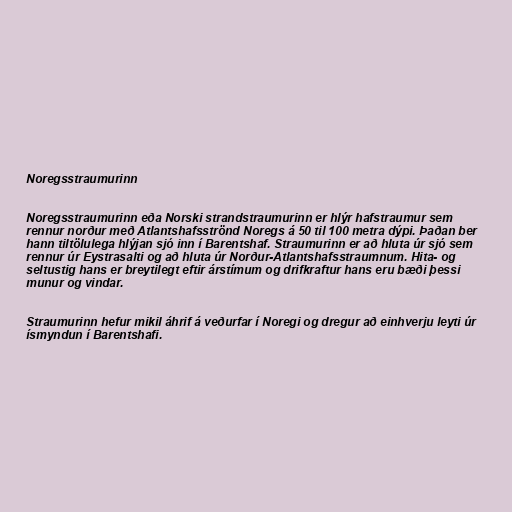
Noregsstraumurinn

Noregsstraumurinn eða Norski strandstraumurinn er hlýr hafstraumur sem
rennur norður með Atlantshafsströnd Noregs á 50 til 100 metra dýpi. Þaðan ber
hann tiltölulega hlýjan sjó inn í Barentshaf. Straumurinn er að hluta úr sjó sem
rennur úr Eystrasalti og að hluta úr Norður-Atlantshafsstraumnum. Hita- og
seltustig hans er breytilegt eftir árstímum og drifkraftur hans eru bæði þessi
munur og vindar.

Straumurinn hefur mikil áhrif á veðurfar í Noregi og dregur að einhverju leyti úr
ísmyndun í Barentshafi.